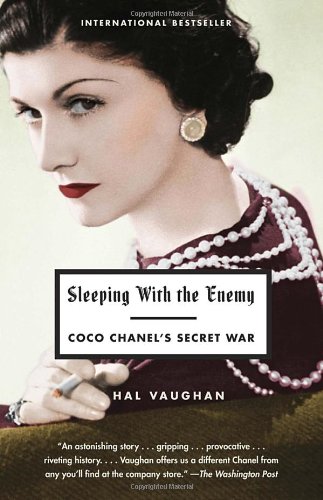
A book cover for Sleeping with the Enemy: Coco Chanel's Secret War; Hal Vaughan; Arts & Photography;